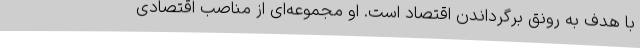
با هدف به رونق برگرداندن اقتصاد است. او مجموعه‌ای از مناصب اقتصادی